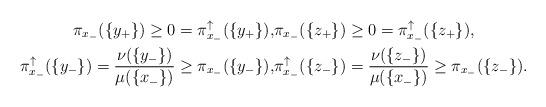
LaTeX: \begin{align*}\pi_{x_-}(\{y_+\})\geq 0 = \pi_{x_-}^{\uparrow}(\{y_+\}),&\pi_{x_-}(\{z_+\})\geq 0 = \pi_{x_-}^{\uparrow}(\{z_+\}),\\\pi_{x_-}^{\uparrow}(\{y_-\}) = \frac{\nu(\{y_-\})}{\mu(\{x_-\})}\geq \pi_{x_-}(\{y_-\}), &\pi_{x_-}^{\uparrow}(\{z_-\}) = \frac{\nu(\{z_-\})}{\mu(\{x_-\})}\geq \pi_{x_-}(\{z_-\}).\end{align*}